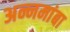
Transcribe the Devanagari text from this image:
अन्नमांबा